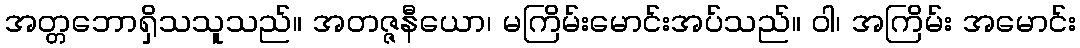
အတ္တဘောရှိသသူသည်။ အတဇ္ဇနီယော၊ မကြိမ်းမောင်းအပ်သည်။ ဝါ၊ အကြိမ်း အမောင်း